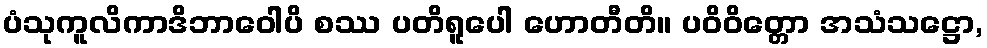
ပံသုကူလိကာဒိဘာဝေါပိ စဿ ပတိရူပေါ ဟောတီတိ။ ပဝိဝိတ္တော အသံသဋ္ဌော,